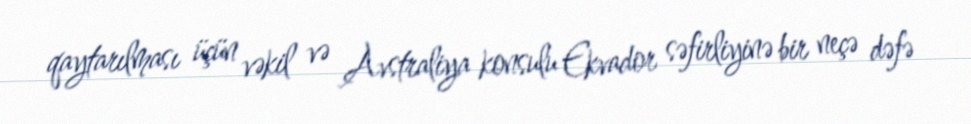
qaytarılması üçün vəkil və Avstraliya konsulu Ekvador səfirliyinə bir neçə dəfə